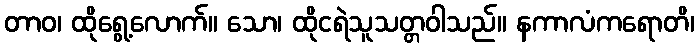
တာဝ၊ ထိုရွေ့လောက်။ သော၊ ထိုငရဲသူသတ္တဝါသည်။ နကာလံကရောတိ၊